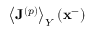
\left\langle \mathbf { J } ^ { \left( p \right) } \right\rangle _ { Y } ( \mathbf { x } ^ { - } )